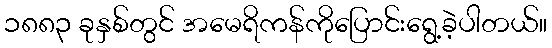
၁၈၈၃ ခုနှစ်တွင် အမေရိကန်ကိုပြောင်းရွေ့ခဲ့ပါတယ်။